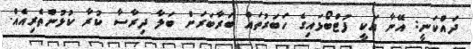
ދައްކަނީ: އޭނާ އަކީ ފުޓްބޯޅައިގެ ހަބަރުތައް ބަރާބަރަށް ބަލާ ދިރާސާ ކުރާ ކުޅުންތެރިއެއް.